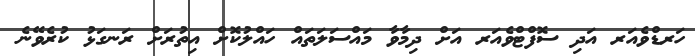
ހަރޑްވެއަރ އަދި ސޮފްޓްވެއަރ އަށް ދިމާވާ މައްސަލަތައް ހައްލުކޮށް އިތުރަށް ރަނގަޅު ކުރެވޭނެ